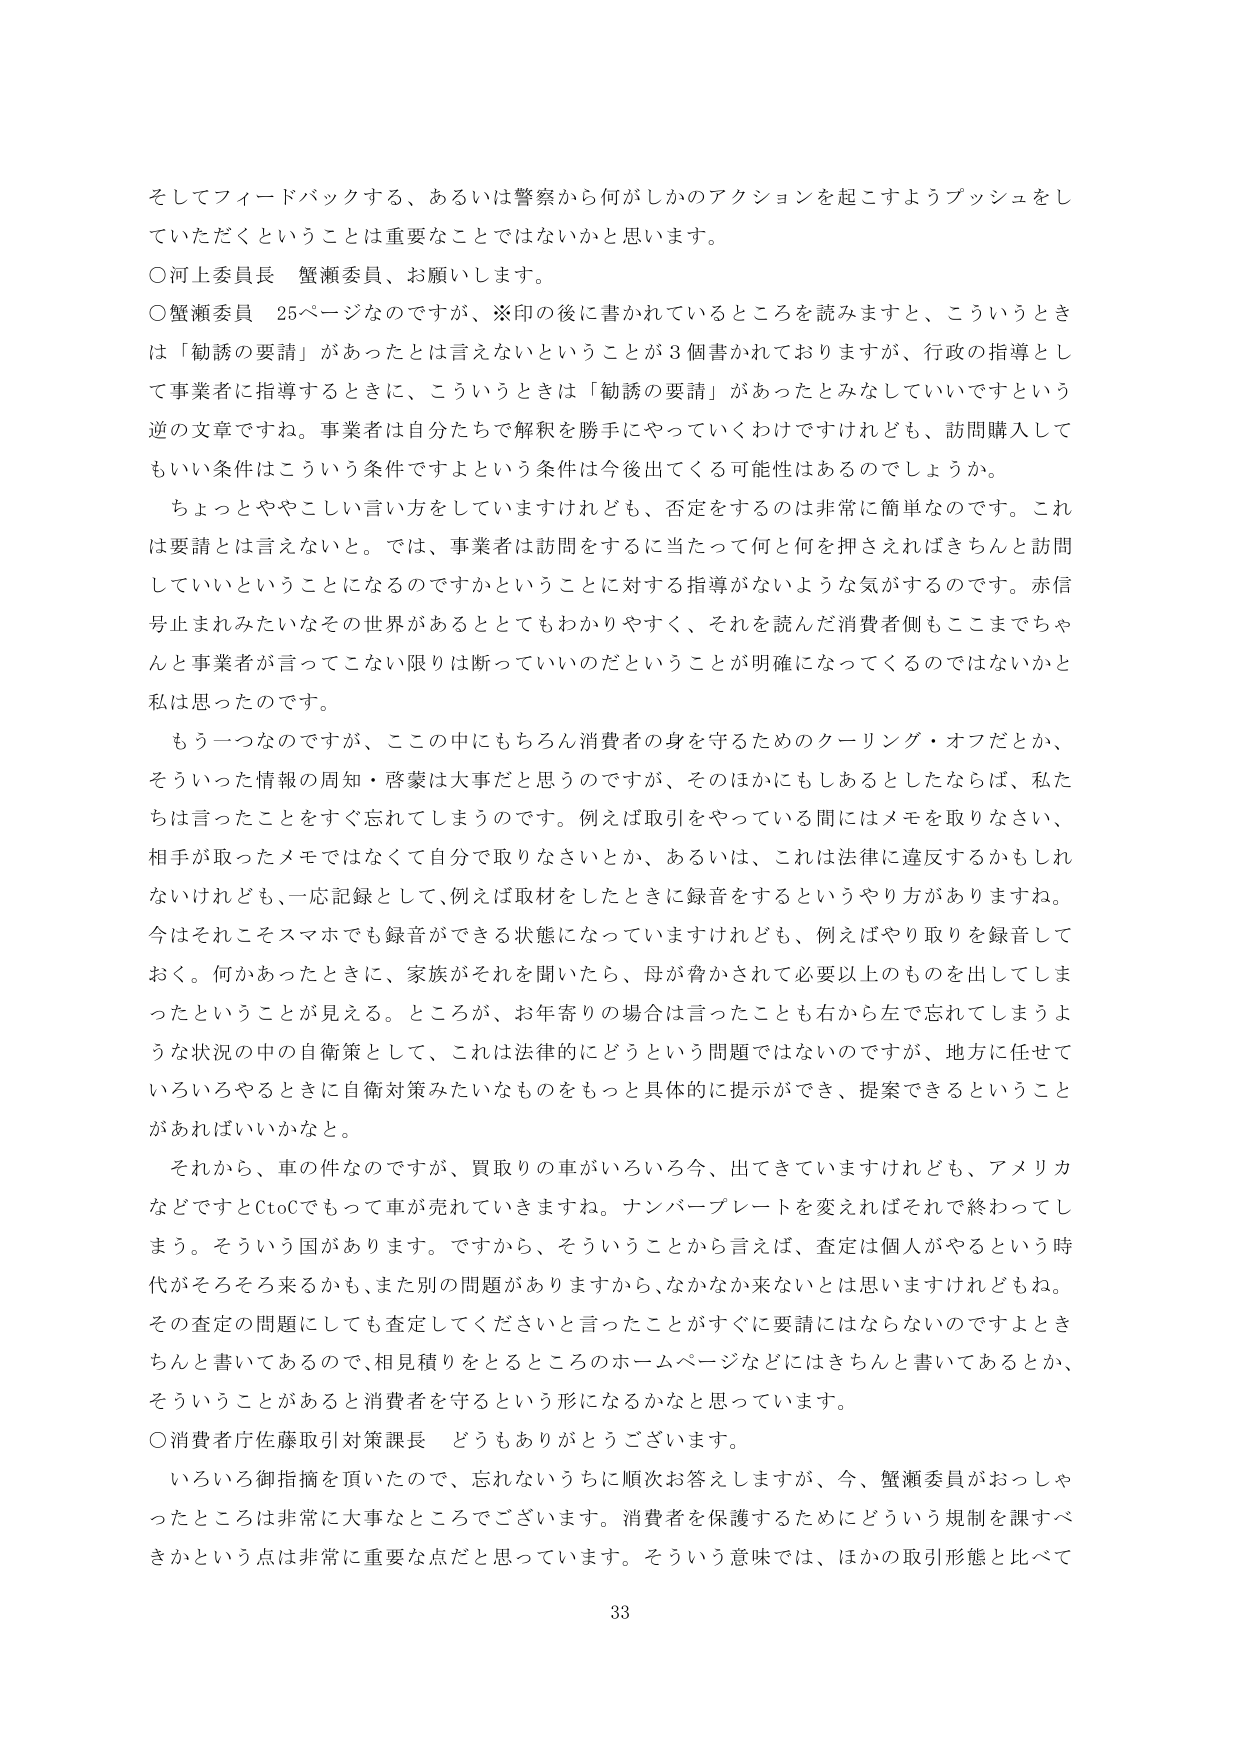
そしてフィードバックする、あるいは警察から何がしかのアクションを起こすようプッシュをしていただくということは重要なことではないかと思います。

○河上委員長 蟹瀬委員、お願いします。

○蟹瀬委員 25ページなのですが、※印の後に書かれているところを読みますと、こういうときは「勧誘の要請」があったとは言えないということが3個書かれておりますが、行政の指導として事業者に指導するときに、こういうときは「勧誘の要請」があったとみなしていいですという逆の文章ですね。事業者は自分たちで解釈を勝手にやっていくわけですけれども、訪問購入してもいい条件はこういう条件ですよという条件は今後出てくる可能性はあるのでしょうか。

ちょっとややこしい言い方をしていますけれども、否定をするのは非常に簡単なのです。これは要請とは言えないと。では、事業者は訪問をするに当たって何と何を押さえればきちんと訪問していいということになるのですかということに対する指導がないような気がするのです。赤信号止まれみたいなその世界があるととてもわかりやすく、それを読んだ消費者側もここまでちゃんと事業者が言ってこない限りは断っていいのだということが明確になってくるのではないかと私は思ったのです。

もう一つなのですが、この中にもちろん消費者の身を守るためのクーリング・オフだとか、そういった情報の周知・啓蒙は大事だと思うのですが、そのほかにもしあるとしたならば、私たちは言ったことをすぐ忘れてしまうのです。例えば取引をやっている間にはメモを取りなさい、相手が取ったメモではなくて自分で取りなさいとか、あるいは、これは法律に違反するかもしれないけれども、一応記録として、例えば取材をしたときに録音をするというやり方がありますね。今はそれこそスマホでも録音ができる状態になっていますけれども、例えばやり取りを録音しておく。何かあったときに、家族がそれを聞いたら、母が脅かされて必要以上のものを出してしまったということが見える。ところが、お年寄りの場合は言ったことも右から左で忘れてしまうような状況の中の自衛策として、これは法律的にどうという問題ではないのですが、地方に任せていろいろやるときに自衛対策みたいなものをもっと具体的に提示ができ、提案できるということがあればいいかなと。

それから、車の件なのですが、買取りの車がいろいろ今、出てきてはいますけれども、アメリカなどですとCtoCでもって車が売れていきますね。ナンバープレートを変えればそれで終わってしまう。そういう国があります。ですから、そういうことから言えば、査定は個人がやるという時代がそろそろ来るかも、また別の問題がありますから、なかなか来ないとは思いますけれどもね。その査定の問題にしても査定してくださいと言ったことがすぐに要請にはならないのですよときちんと書いてあるので、相見積もりをとるところのホームページなどにはきちんと書いてあるとか、そういうことがあると消費者を守るという形になるかなと思っています。

○消費者庁佐藤取引対策課長 どうもありがとうございます。

いろいろ御指摘を頂いたので、忘れないように順次お答えしますが、今、蟹瀬委員がおっしゃったところは非常に大事なところございます。消費者を保護するためにどういう規制を課すべきかという点は非常に重要な点だと思っています。そういう意味では、ほかの取引形態と比べて

33